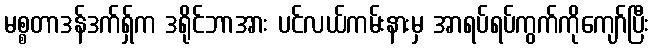
မစ္စတာဒန်ဒက်ရှ်က ဒရိုင်ဘာအား ပင်လယ်ကမ်းနားမှ အာရပ်ရပ်ကွက်ကိုကျော်ပြီး